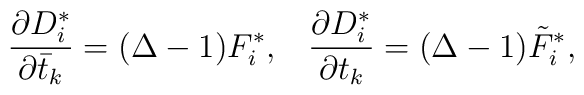
\frac{\partial D^{*}_{i}}{\partial \bar{t}_{k}}=(\Delta-1)F^{*}_{i},\;\;\;\frac{\partial D_{i}^{*}}{\partial t_{k}}=(\Delta-1)\tilde{F}^{*}_{i},